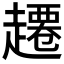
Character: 𫎾